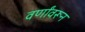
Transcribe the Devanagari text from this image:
वर्णांवरून